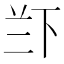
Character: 𱍖